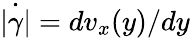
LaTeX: \dot{|\gamma|}=dv_{x}(y)/dy